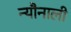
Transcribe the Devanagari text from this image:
न्यौनाली